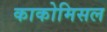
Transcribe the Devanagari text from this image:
काकोमिसल